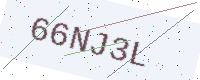
Text: 66NJ3L